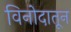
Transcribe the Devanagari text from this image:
विनोदातून